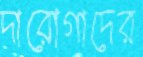
দারোগাদের